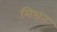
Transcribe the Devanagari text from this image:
मिश्रत